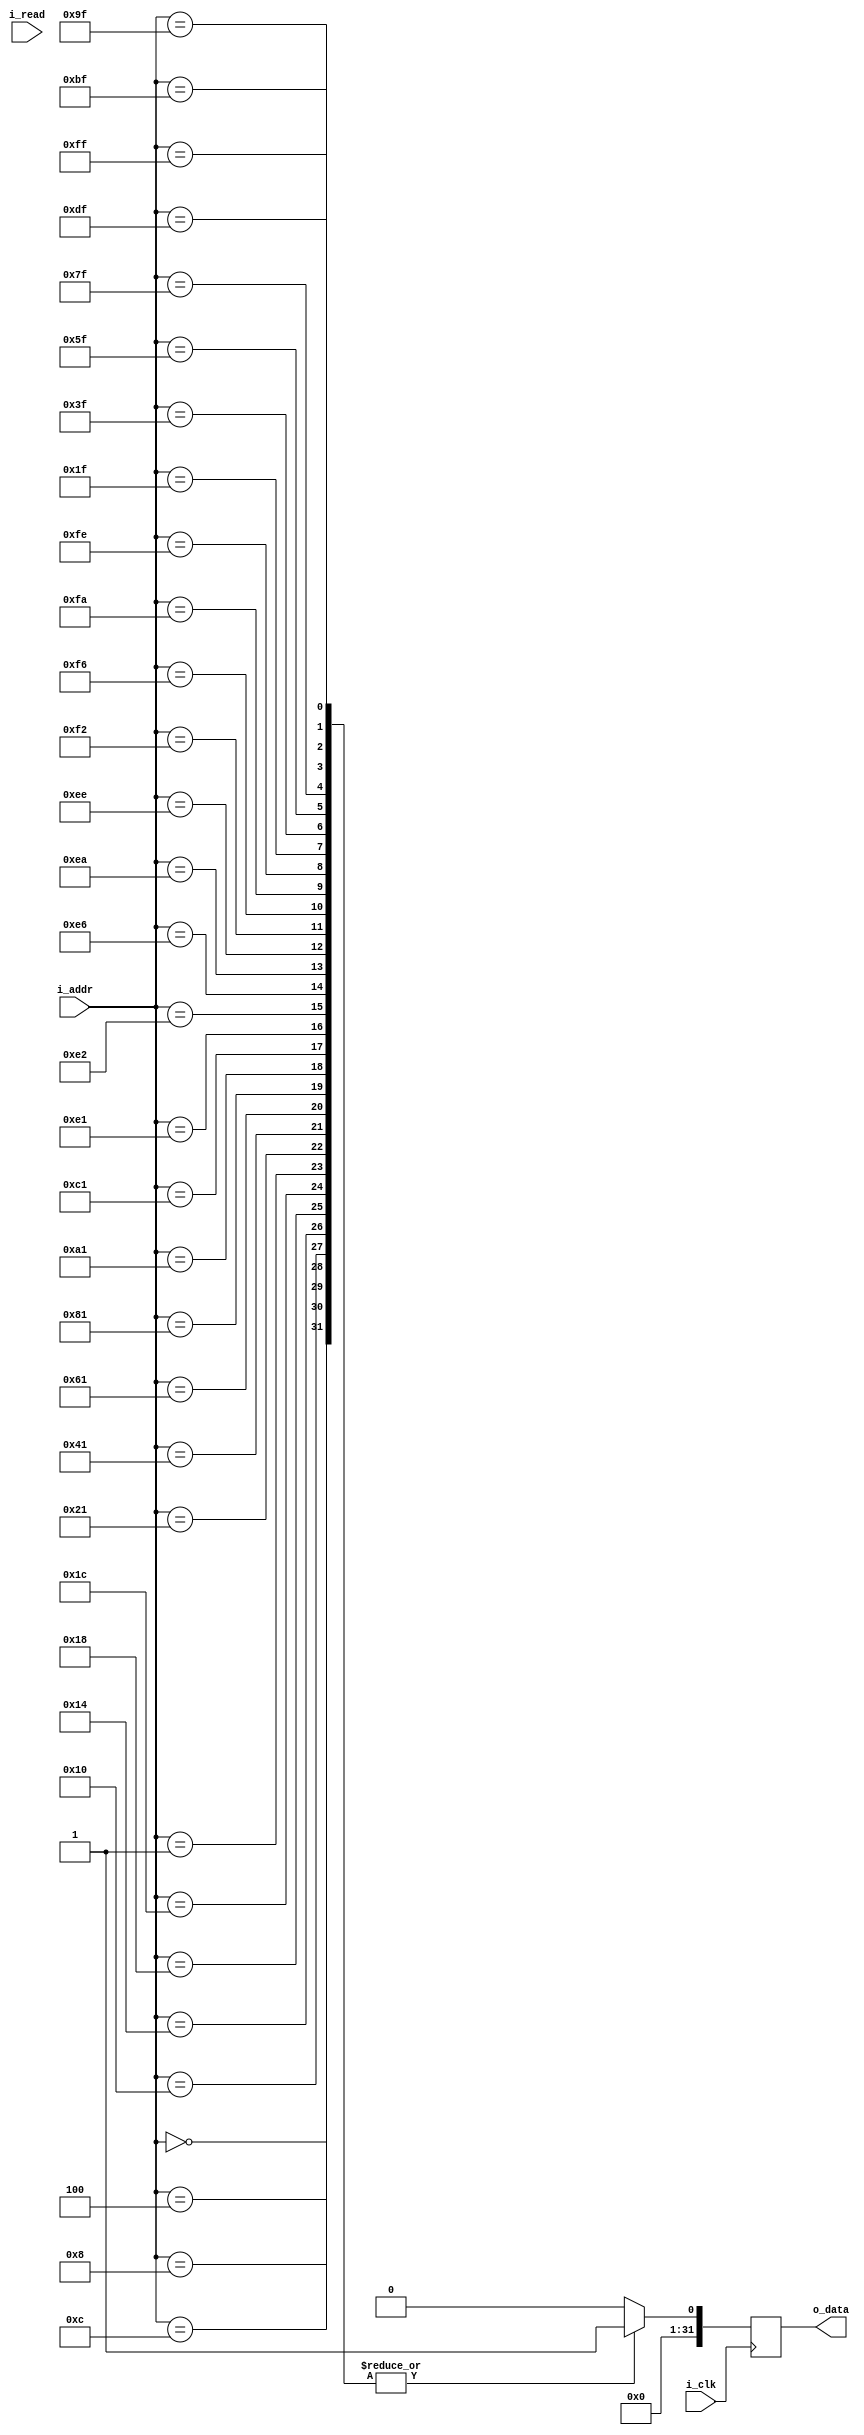
module rtable #(parameter ADDR_WIDTH = 8, DATA_WIDTH = 32, DEPTH = 256) (
    input wire i_clk,
    input wire [ADDR_WIDTH-1:0] i_addr, 
    input wire i_read, //need this??
    output reg [DATA_WIDTH-1:0] o_data);

    always @ (posedge i_clk)
    begin
        case (i_addr)
            //left walls
            8'b000_000_00: o_data<= -{DATA_WIDTH{1'b1}};  //-255
            8'b000_001_00: o_data<= -{DATA_WIDTH{1'b1}};
            8'b000_010_00: o_data<= -{DATA_WIDTH{1'b1}};
            8'b000_011_00: o_data<= -{DATA_WIDTH{1'b1}};
            8'b000_100_00: o_data<= -{DATA_WIDTH{1'b1}};
            8'b000_101_00: o_data<= -{DATA_WIDTH{1'b1}};
            8'b000_110_00: o_data<= -{DATA_WIDTH{1'b1}};
            8'b000_111_00: o_data<= -{DATA_WIDTH{1'b1}};
            //up WALLS
            8'b000_000_01: o_data<= -{DATA_WIDTH{1'b1}};
            8'b001_000_01: o_data<= -{DATA_WIDTH{1'b1}};  //-255
            8'b010_000_01: o_data<= -{DATA_WIDTH{1'b1}};
            8'b011_000_01: o_data<= -{DATA_WIDTH{1'b1}};
            8'b100_000_01: o_data<= -{DATA_WIDTH{1'b1}};
            8'b101_000_01: o_data<= -{DATA_WIDTH{1'b1}};
            8'b110_000_01: o_data<= -{DATA_WIDTH{1'b1}};
            8'b111_000_01: o_data<= -{DATA_WIDTH{1'b1}};
            ///right walls
            8'b111_000_10: o_data<= -{DATA_WIDTH{1'b1}};
            8'b111_001_10: o_data<= -{DATA_WIDTH{1'b1}};
            8'b111_010_10: o_data<= -{DATA_WIDTH{1'b1}};
            8'b111_011_10: o_data<= -{DATA_WIDTH{1'b1}};
            8'b111_100_10: o_data<= -{DATA_WIDTH{1'b1}};
            8'b111_101_10: o_data<= -{DATA_WIDTH{1'b1}};
            8'b111_110_10: o_data<= -{DATA_WIDTH{1'b1}};
            8'b111_111_10: o_data<= -{DATA_WIDTH{1'b1}};
            //rdown walls
            8'b000_111_11: o_data<= -{DATA_WIDTH{1'b1}};
            8'b001_111_11: o_data<= -{DATA_WIDTH{1'b1}};  //-255
            8'b010_111_11: o_data<= -{DATA_WIDTH{1'b1}};
            8'b011_111_11: o_data<= -{DATA_WIDTH{1'b1}};
            8'b100_111_11: o_data<= -{DATA_WIDTH{1'b1}};
            8'b101_111_11: o_data<= -{DATA_WIDTH{1'b1}};
            8'b110_111_11: o_data<= -{DATA_WIDTH{1'b1}};
            8'b111_111_11: o_data<= -{DATA_WIDTH{1'b1}};

            //(8,8): goal state, (7,8)=>11 or (8,7)=>10 gets big reward
            8'b110_111_11: o_data<= {DATA_WIDTH{1'b1}};
            8'b111_110_10: o_data<= {DATA_WIDTH{1'b1}};
            //... depends on the dataset?? 

            
            default :  o_data<= {DATA_WIDTH{1'b0}}; //others no reward
        endcase    
        $display("r read %02h from: %08b\n", o_data, i_addr);
    end
endmodule